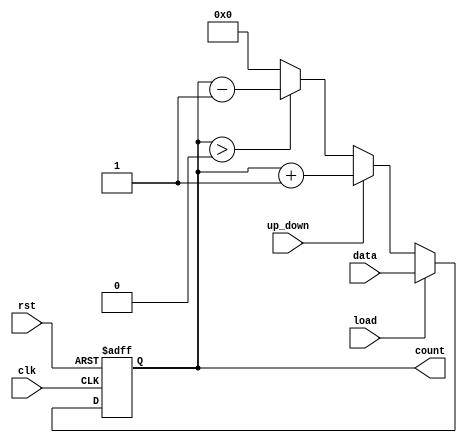
module LoadableCounter (
    input wire clk,         // Clock signal
    input wire rst,         // Asynchronous reset
    input wire load,        // Load signal
    input wire [N-1:0] data, // Load value input
    input wire up_down,     // Count direction (1 = up, 0 = down)
    output reg [N-1:0] count // Current value of the counter
);
    parameter N = 8; // Size of the counter, adjust as needed

    always @(posedge clk or posedge rst) begin
        if (rst) begin
            count <= 0; // Reset counter to 0
        end else if (load) begin
            count <= data; // Load new value into counter
        end else begin
            if (up_down) begin
                count <= count + 1; // Increment counter
            end else begin
                if (count > 0) begin
                    count <= count - 1; // Decrement counter
                end else begin
                    count <= 0; // Prevent underflow
                end
            end
        end
    end

endmodule